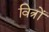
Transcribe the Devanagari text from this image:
वित्रों